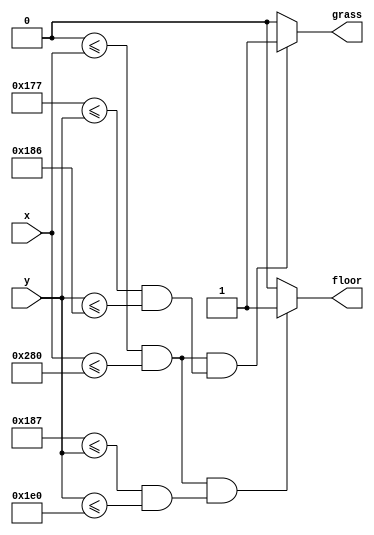
`timescale 1ns / 1ps
//////////////////////////////////////////////////////////////////////////////////
// Company: 
// Engineer: 
// 
// Design Name: 
// Module Name: draw_floor
// Project Name: 
// Target Devices: 
// Tool Versions: 
// Description: 
// 
// Dependencies: 
// 
// Revision:
// Revision 0.01 - File Created
// Additional Comments:
// 
//////////////////////////////////////////////////////////////////////////////////

//`include "draw_floor_graphic.vh"
//task: draw_one_phase_floor

//moving floor is down-graded to normal static floor due to logic cell limitation
module draw_floor(
    input [9:0] x, y,
//    input clk, check_hit, reset,
    output floor,
    output grass
//    output floor_rgb
    );    
    reg isFloor = 0;
    reg isGrass = 0;
//    integer phase [0:5];
//    reg [2:0] i;
//    reg [2:0] pos_shift = 0;
    
//    initial begin
//        hit_ctrl = 0;
//        phase[0] = 127;
//        phase[1] = phase[0] + 128;
//        phase[2] = phase[1] + 128;
//        phase[3] = phase[2] + 128;
//        phase[4] = phase[3] + 128;
//        phase[5] = phase[4] + 128;
//    end
    
//    always @(posedge clk)
//    begin
//        if (reset) begin
//            hit_ctrl = 0;
//            phase[0] = 127;
//            phase[1] = phase[0] + 128;
//            phase[2] = phase[1] + 128;
//            phase[3] = phase[2] + 128;
//            phase[4] = phase[3] + 128;
//            phase[5] = phase[4] + 128;
//        end
//        if (~hit_ctrl) begin
//            for(i = 0; i <= 5; i = i + 1) begin
//                phase[i] = phase[i] + pos_shift;
//                if(phase[i] <= 0) phase[i] = 639 + 128;
//            end
//        end
//    end
    
    always @(x or y)
    begin
//        if (check_hit) hit_ctrl = 1;
//        if (reset) hit_ctrl = 0;
//        for (i = 0; i <= 5; i = i + 1) begin            
//        end
        if ((0 <= x && x <= 640) && (375 <= y && y <= 390)) isGrass = 1;
        else isGrass = 0;
        if ((0 <= x && x <= 640) && (391 <= y && y <= 480)) isFloor = 1;
        else isFloor = 0;
    end
    
    assign floor = isFloor;
    assign grass = isGrass;    
endmodule